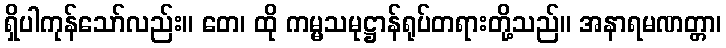
ရှိပါကုန်သော်လည်း။ တေ၊ ထို ကမ္မသမုဋ္ဌာန်ရုပ်တရားတို့သည်။ အနာရမဏတ္တာ၊